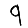
Digit: 9